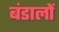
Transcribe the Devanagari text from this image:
बंडालों